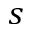
s